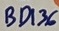
Text: BD136